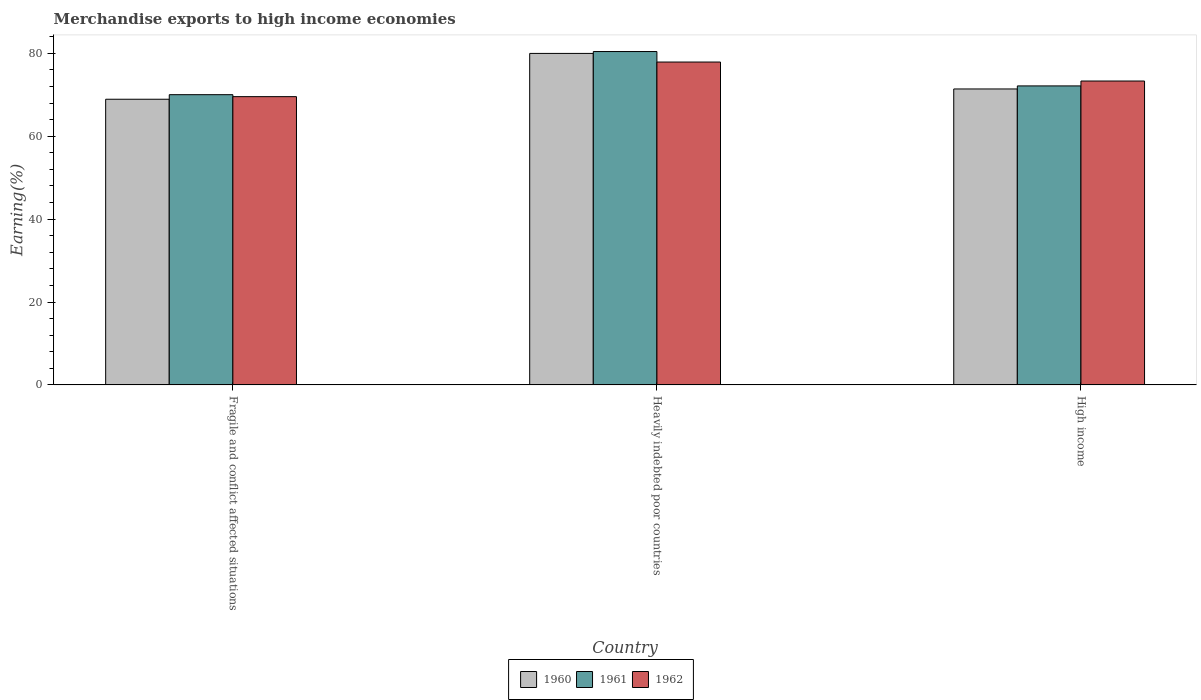
| Country | 1960 | 1961 | 1962 |
 | --- | --- | --- | --- |
 | Fragile and conflict affected situations | 68.9 | 70 | 69.6 |
 | Heavily indebted poor countries | 80 | 80.4 | 77.9 |
 | High income | 71.4 | 72.1 | 73.3 |